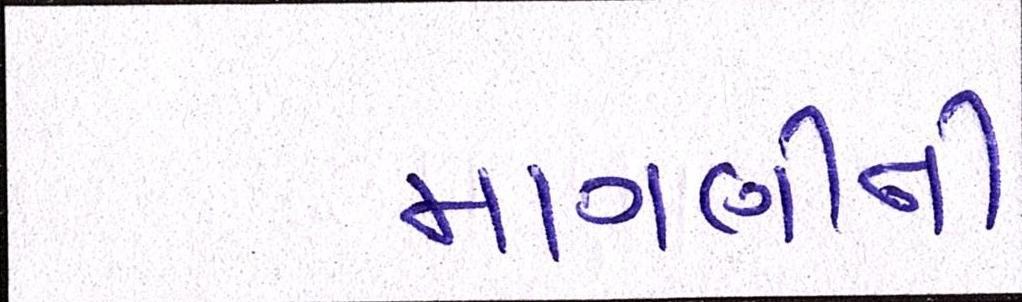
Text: માગણીની